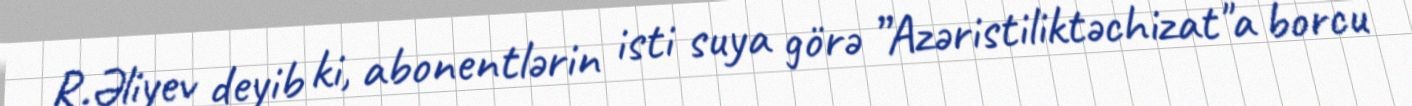
R.Əliyev deyib ki, abonentlərin isti suya görə ”Azəristiliktəchizat"a borcu